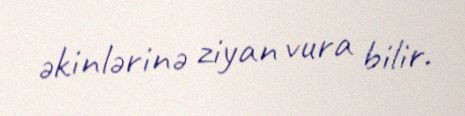
əkinlərinə ziyan vura bilir.